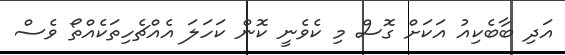
އަދި ބާބެކިއު އަކަށް ގޮސް މި ކެވެނީ ކޮން ކަހަލަ އެއްޗެހިތަކެއްތޯ ވެސް